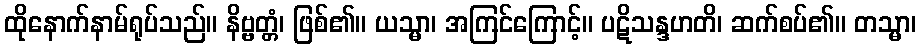
ထိုနောက်နာမ်ရုပ်သည်။ နိဗ္ဗတ္တံ၊ ဖြစ်၏။ ယသ္မာ၊ အကြင်ကြောင့်။ ပဋိသန္ဒဟတိ၊ ဆက်စပ်၏။ တသ္မာ၊